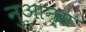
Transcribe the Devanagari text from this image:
नुआन्स